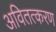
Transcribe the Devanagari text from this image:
अवितत्करण